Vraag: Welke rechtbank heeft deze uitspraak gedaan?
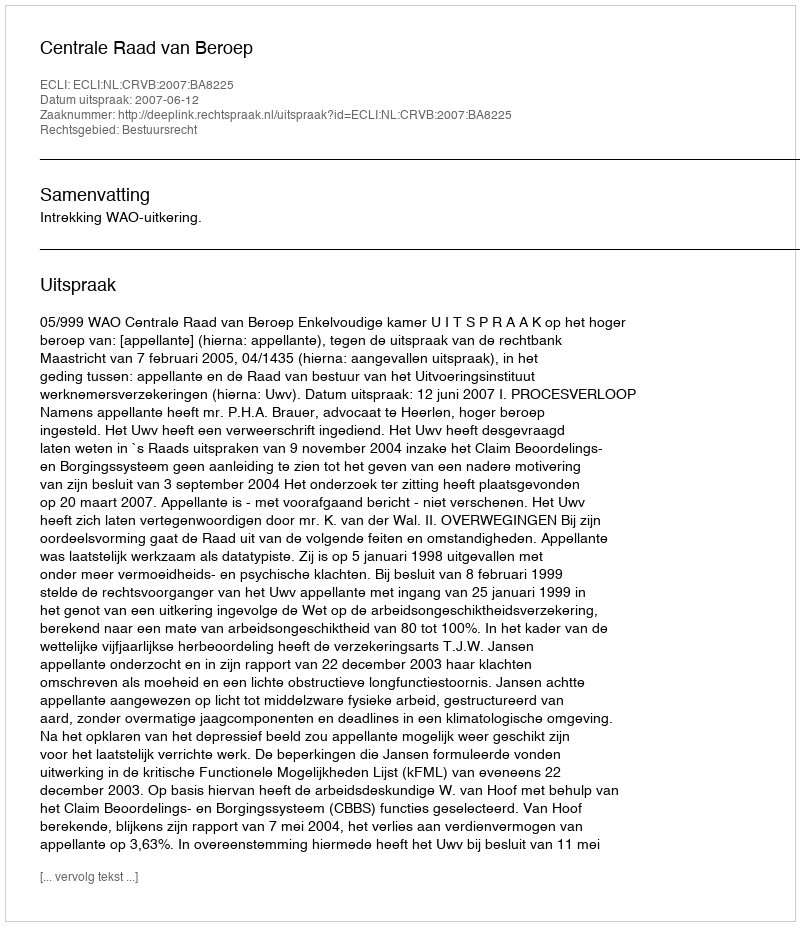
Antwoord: Centrale Raad van Beroep